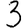
Digit: 3